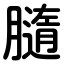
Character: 膸